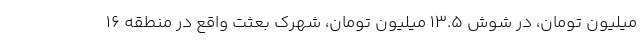
میلیون تومان، در شوش ۱۳.۵ میلیون تومان، شهرک بعثت واقع در منطقه ۱۶